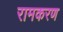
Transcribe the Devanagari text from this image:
रामकरण